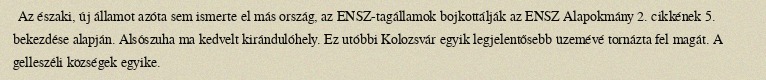
Az északi, új államot azóta sem ismerte el más ország, az ENSZ-tagállamok bojkottálják az ENSZ Alapokmány 2. cikkének 5. bekezdése alapján. Alsószuha ma kedvelt kirándulóhely. Ez utóbbi Kolozsvár egyik legjelentősebb üzemévé tornázta fel magát. A gelleszéli községek egyike.